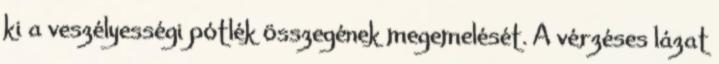
ki a veszélyességi pótlék összegének megemelését. A vérzéses lázat